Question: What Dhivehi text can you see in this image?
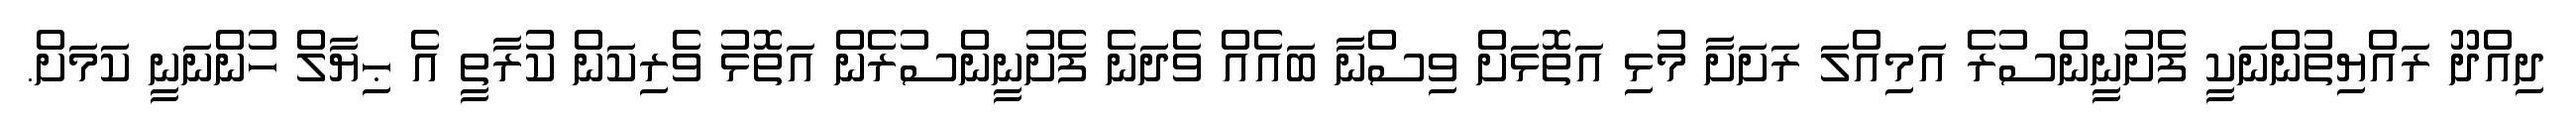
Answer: ދިއްދޫ ރައްޔިތުންނަކީ ފެށުނީންސުރެ އަމިއްލަ ރަށަށާ މުޅި އަތޮޅަށް ވިސްނާ ބައެއް ވެދަނެ ފެށުނީންސުރެން އަތޮޅު ވެރިކަން ކުރާތީ އެ ޙިޔާލް ހުންނަނީ ކަމަށް.